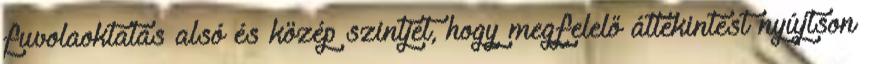
fuvolaoktatás alsó és közép szintjét, hogy megfelelő áttekintést nyújtson